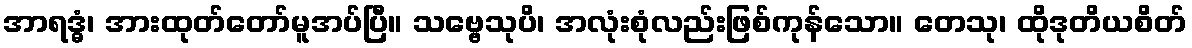
အာရဒ္ဓံ၊ အားထုတ်တော်မူအပ်ပြီ။ သဗ္ဗေသုပိ၊ အလုံးစုံလည်းဖြစ်ကုန်သော။ တေသု၊ ထိုဒုတိယစိတ်